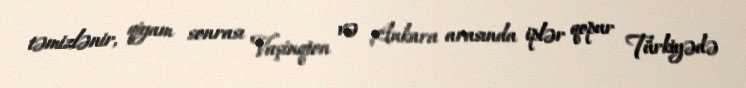
təmizlənir, qiyam sonrası Vaşinqton və Ankara arasında iplər qopur Türkiyədə